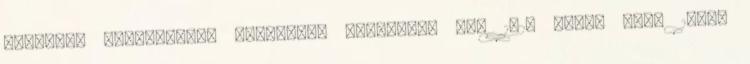
metszésű lapélekkel, bibliofil kiadásban is. 1–2. kiad. Bp., 1884;